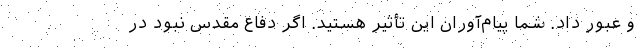
و عبور داد. شما پیام‌آوران این تأثیر هستید. اگر دفاع مقدس نبود در